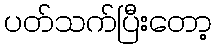
ပတ်သက်ပြီးတော့